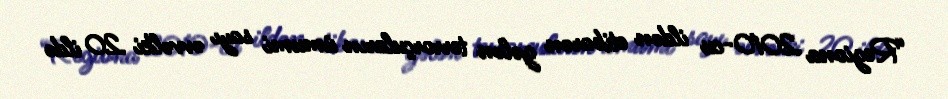
“Regiona 2010-cu ildən etibarən gələn terrorçuların ümumi sayı əvvəlki 20 ildə